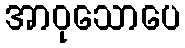
အာဝုသောပေ